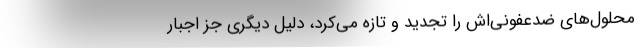
محلول‌هاي ضدعفوني‌اش را تجديد و تازه مي‌كرد، دليل ديگري جز اجبار